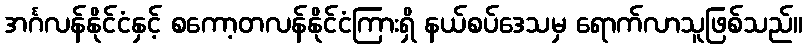
အင်္ဂလန်နိုင်ငံနှင့် စကော့တလန်နိုင်ငံကြားရှိ နယ်စပ်ဒေသမှ ရောက်လာသူဖြစ်သည်။